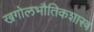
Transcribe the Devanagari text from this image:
खगोलभौतिकशास्त्र